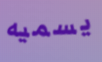
يسميه